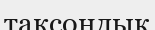
таксондық